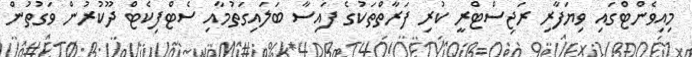
މިއިވެންޓްގައި ވިޔަފާރި ރަޖިސްޓްރީ ކުރި ފަރާތްތަކުގެ ފައިސާ ބަލައިގަތުމާއި ސެޓްފިކެޓް ދޫކުރުން ވަގުތުން